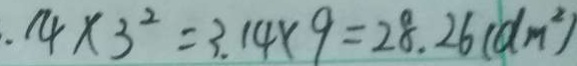
. 1 4 \times 3 ^ { 2 } = 3 . 1 4 \times 9 = 2 8 . 2 6 ( d m ^ { 2 } )